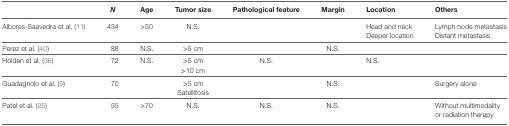
<table><thead><tr><td></td><td><b><i>N</i></b></td><td><b>Age</b></td><td><b>Tumor size</b></td><td><b>Pathological feature</b></td><td><b>Margin</b></td><td><b>Location</b></td><td><b>Others</b></td></tr></thead><tbody><tr><td>Albores-Saavedra et al. (11)</td><td>434</td><td>&gt;50</td><td>N.S.</td><td></td><td></td><td>Head and neckDeeper location</td><td>Lymph node metastasisDistant metastasis</td></tr><tr><td>Perez et al. (40)</td><td>88</td><td>N.S.</td><td>&gt;5 cm</td><td></td><td>N.S.</td><td></td><td></td></tr><tr><td>Holden et al. (36)</td><td>72</td><td>N.S.</td><td>&gt;5 cm&gt;10 cm</td><td>N.S.</td><td></td><td>N.S.</td><td></td></tr><tr><td>Guadagnolo et al. (5)</td><td>70</td><td></td><td>&gt;5 cmSatellitosis</td><td></td><td>N.S.</td><td></td><td>Surgery alone</td></tr><tr><td>Patel et al. (25)</td><td>55</td><td>&gt;70</td><td>N.S.</td><td>N.S.</td><td>N.S.</td><td></td><td>Without multimodality or radiation therapy</td></tr></tbody></table>